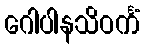
ဂေါပါနသိဝင်္ကံ